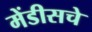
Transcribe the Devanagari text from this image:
मेंडीसचे